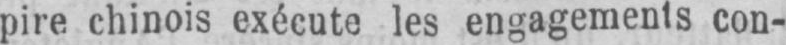
pire chinois exécute les engagements con-